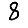
Digit: 8